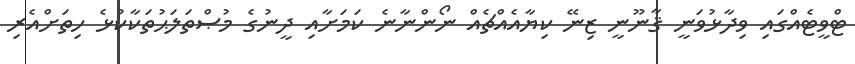
ޓްވީޓެއްގައި ވިދާޅުވަނީ ޤާނޫނީ ޒިނޭ ކިޔާއެއްޗެއް ނޯންނާނެ ކަމަށާއި ދީނުގެ މުޞްތަލަޙުތަކާކުޅެ ހިތަށްއެރި